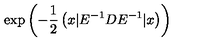
\exp \left( { - \frac { 1 } { 2 } \left( x | E ^ { - 1 } D E ^ { - 1 } | x \right) } \right) \,